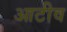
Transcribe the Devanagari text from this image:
आटीव